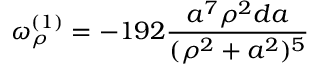
\omega _ { \rho } ^ { ( 1 ) } = - 1 9 2 { \frac { a ^ { 7 } \rho ^ { 2 } d a } { ( \rho ^ { 2 } + a ^ { 2 } ) ^ { 5 } } }